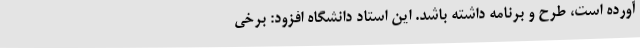
آورده است، طرح و برنامه داشته باشد. این استاد دانشگاه افزود: برخی